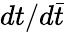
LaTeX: dt/d{\bar{t}}